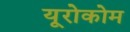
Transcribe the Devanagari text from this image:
यूरोकोम